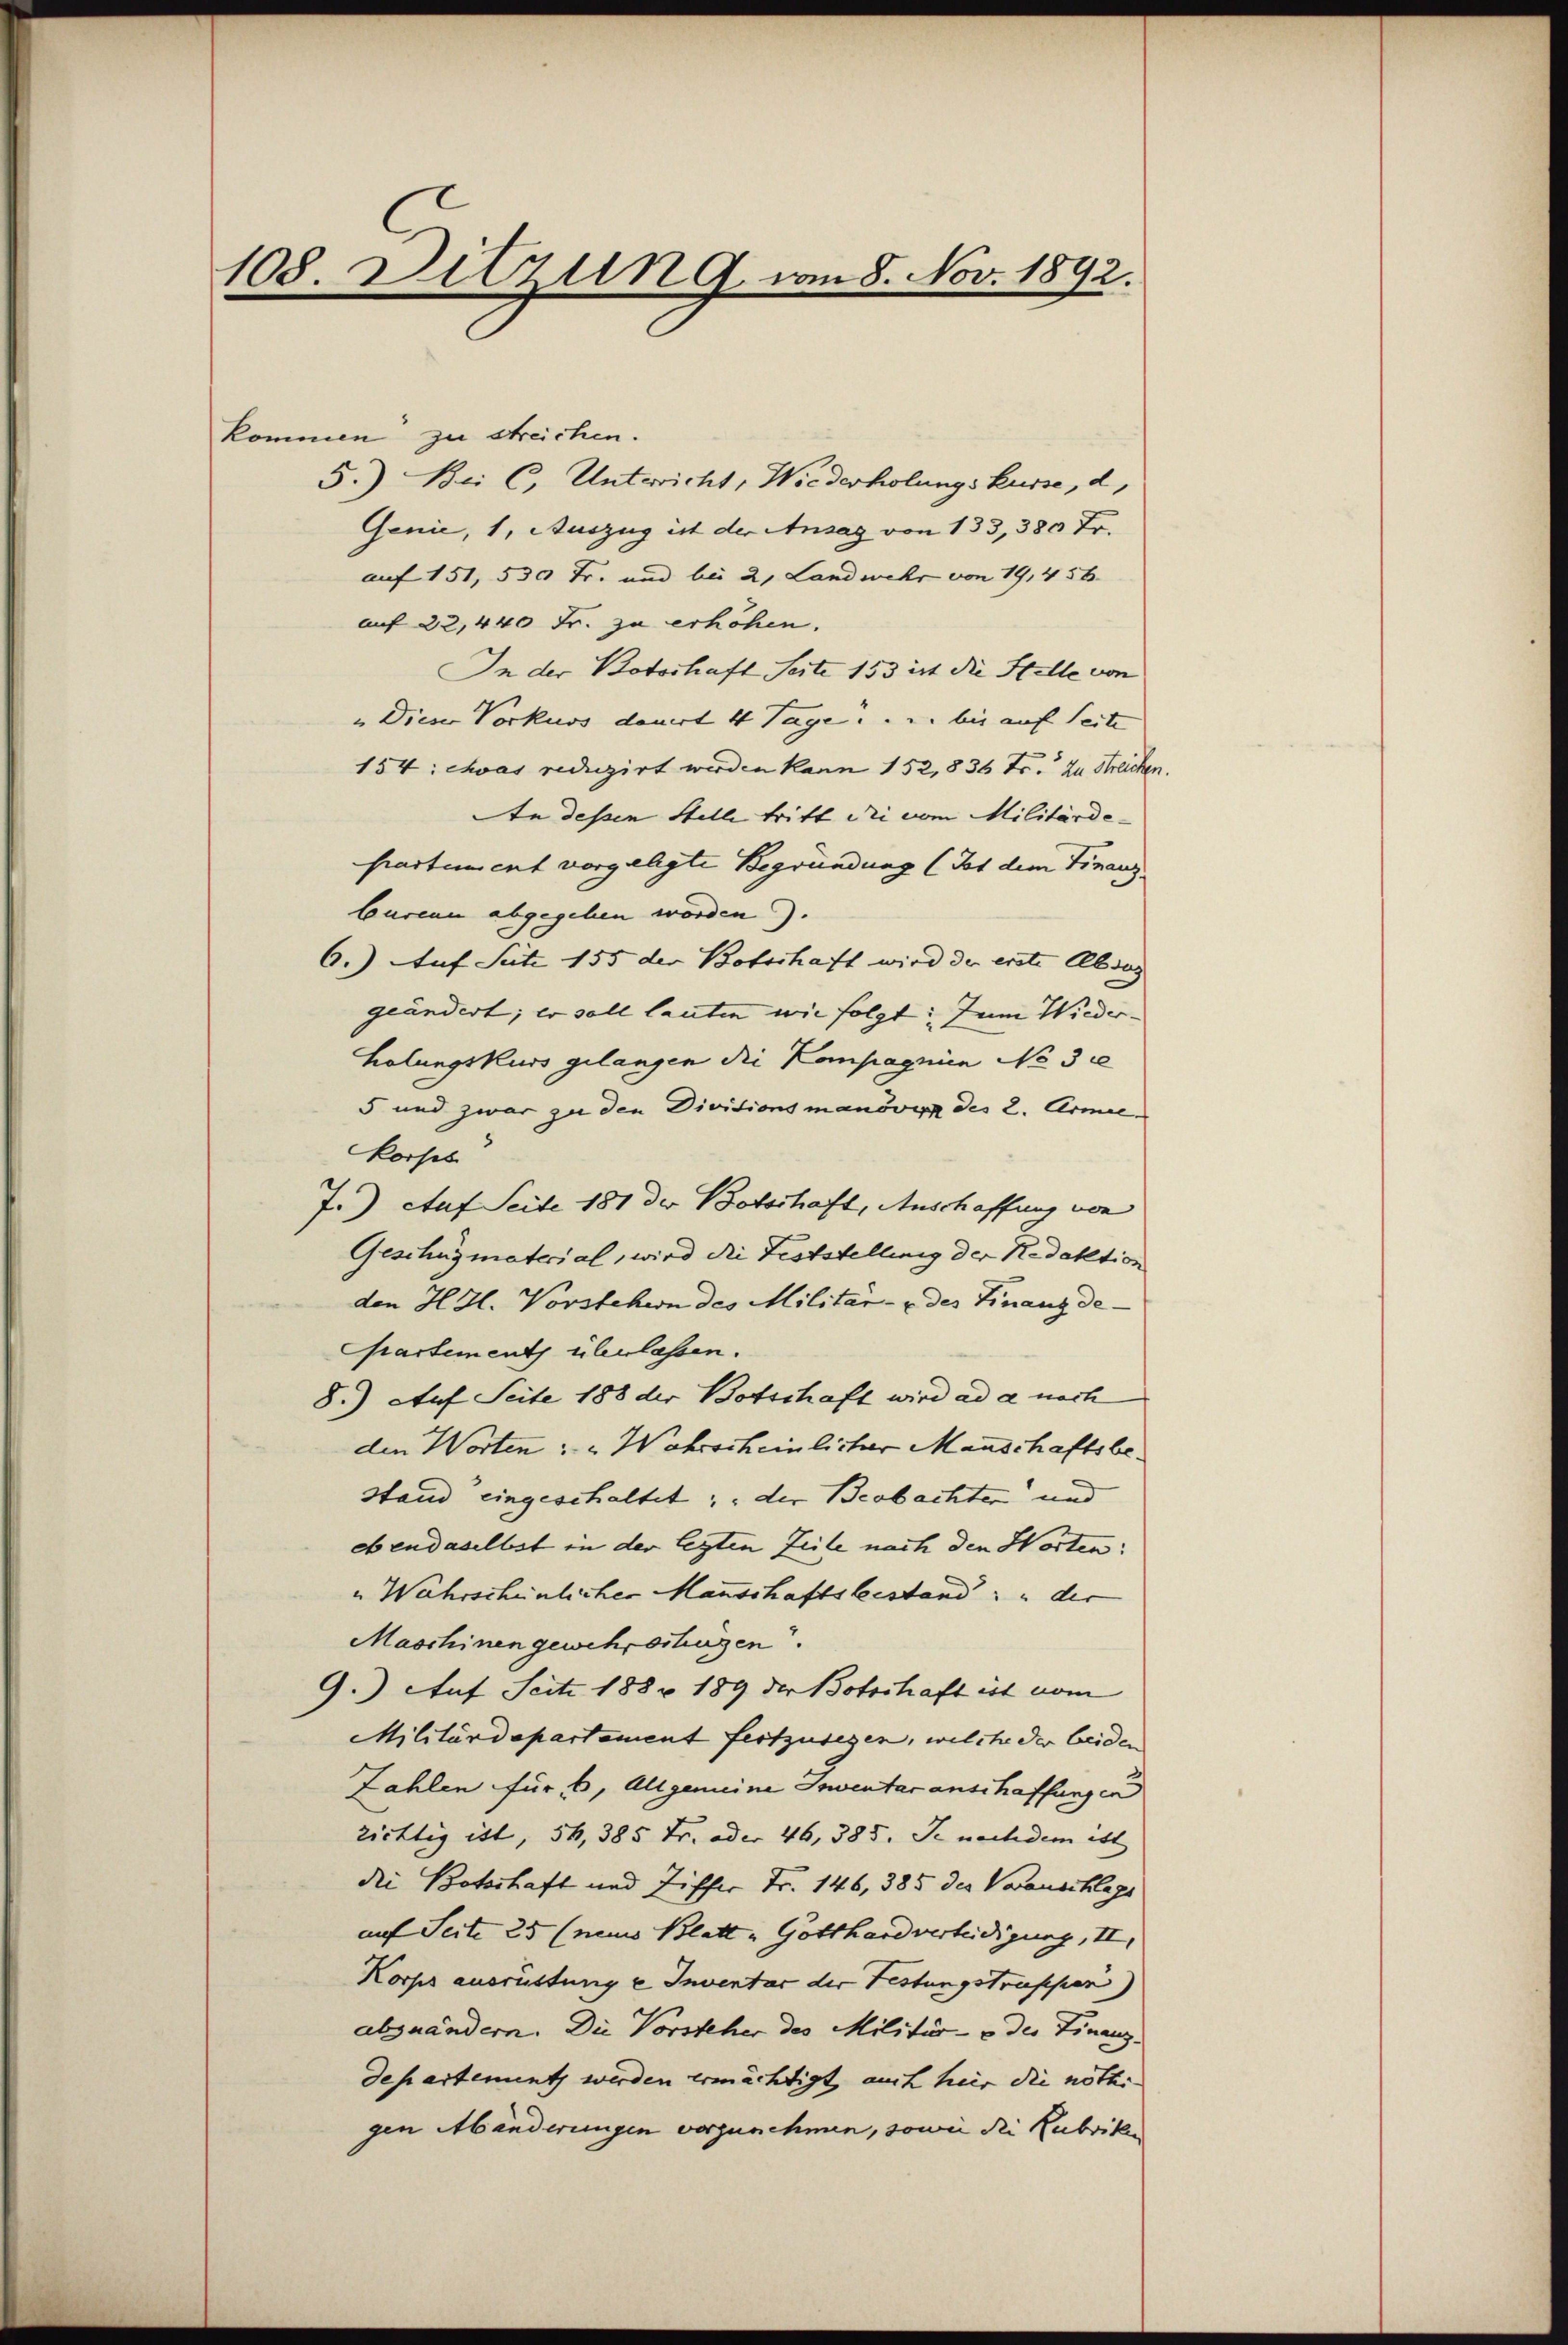
108 Ditzung vom 8. Nov. 1892.

kommen zu streichen.
5.) Bei C. Unterricht, Wiederholungskurse, d.
Genie, 1, Auszug ist der Ansag von 133, 380 Fr.
auf 151, 530 Fr. und bei 2, Landwehr von 19, 456
auf 22,440 Fr. zu erhöhen.
In der Botschaft Seite 153 ist die Stelle von
" Diese Vorkurs dauert 4 Tage, u. bis auf Seite
154: chvas reduzirt werden kann 152, 836 Fr. zu Streichen.
An dessen Stelle tritt die vom Militärde-
partement vorgelegte Begründung (Ist dem Finanz
bureau abgegeben worden.
6.) Auf Satz 155 der Botschaft wird der erste Absos
geändert; er soll lauten wie folgt: Zum Wieder-
holungskurs gelangen die Kompagnien No 3
5 und zwar zu den Divitionsmanövyp des 2. Armen
korses
7.) Auf Seite 181 der Botschaft, Anschaffung von
Geschüzmaterial, wird die Feststellung der Redaktion
den H Zl. Vorstehern des Militär- & des Finanzde-
Cpartement überlassen.
8.) Auf Seite 188 der Botschaft wird ad a noch
den Worten " " Wahrscheinlicher Manschaftsbestand eingeschaltet; der Beobachter und
ebendaselbst in der legten Zeile nach den Worten:
" Wahrscheinlicher Manschaftsbestand   der
Maschinen gewehrertrügen.
9.) Auf Seite 1882 189 der Botschaft ist vom
Militärdepartement festzusegen, welche der beiden
Zahlen für 6, Allgemeine Inventar anschaffungen
zichtig ist, 54, 385 Fr. oder 46, 385. Je nachdem ist
die Botschaft und Ziffer Fr. 146, 385 des Vorauschlags
auf Seite 25 (neus Blatt „Gotthardverteidigung, II.
Korps ausrüstung e Inventar der Festungstruppen)
abzuändern. Die Vorsteher des Militär- & der Finanz-
departement werden ermächtigt, auch heir die nöthi
gen Mänderungen vorzunehmen, sowie die Rubriken